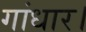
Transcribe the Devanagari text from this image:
गांधार।